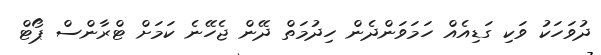
ދުވަހަކު ވަކި ގަޑިއެއް ހަމަވަންދެން ހިދުމަތް ދޭން ޖެހޭނެ ކަމަށް ޓްރާންސް ޕޯޓް